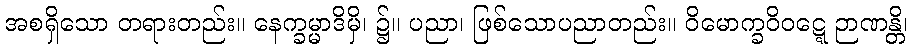
အစရှိသော တရားတည်း။ နေက္ခမ္မာဒိမှိ၊ ၌။ ပညာ၊ ဖြစ်သောပညာတည်း။ ဝိမောက္ခဝိဝဋ္ဋေ ဉာဏန္တိ၊